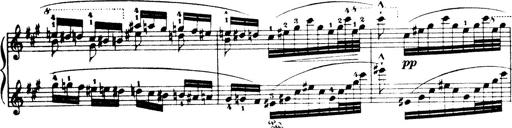
Title: Wagner-Liszt Album
Composer: Franz Liszt